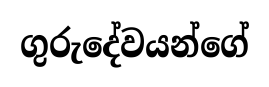
ගුරුදේවයන්ගේ